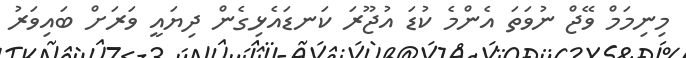
މިނިމަމް ވޭޖް ނުވަތަ އެންމެ ކުޑަ އުޖޫރަ ކަނޑައެޅިގެން ދިޔައީ ވަރަށް ބައިވަރު